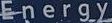
Energy